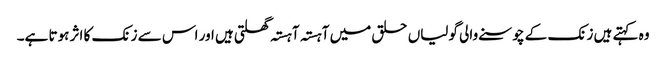
وہ کہتے ہیں زنک کے چوسنے والی گولیاں حلق میں آہستہ آہستہ گھلتی ہیں اور اس سے زنک کا اثر ہوتا ہے۔